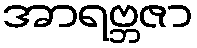
အာရဗ္ဘဇာ